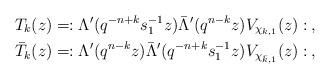
LaTeX: \begin{align*}&T_k(z)= :\Lambda'(q^{-n+k}s_1^{-1}z)\bar\Lambda'(q^{n-k}z) V_{\chi_{k,1}}(z):\,,\\&\bar{T}_k(z)= :\Lambda'(q^{n-k}z)\bar\Lambda'(q^{-n+k}s_1^{-1}z) V_{\chi_{\bar k, 1}}(z):\,,\end{align*}